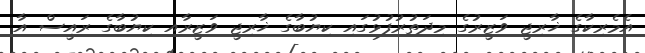
އެމެރިކާގެ ޚާރިޖީ ވަޒީރުގެ މިދަތުރުފުޅުގައި ކިޔުބާގެ ޚާރިޖީ ވަޒީރާއި ކިޔުބާގެ ރައީސް އާ